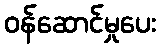
ဝန်ဆောင်မှုပေး